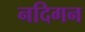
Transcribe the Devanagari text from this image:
नदिगन